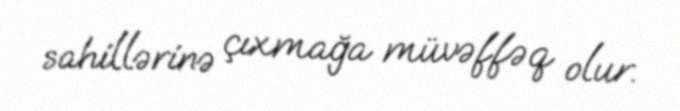
sahillərinə çıxmağa müvəffəq olur.